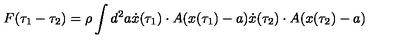
F ( \tau _ { 1 } - \tau _ { 2 } ) = \rho \int d ^ { 2 } a \dot { x } ( \tau _ { 1 } ) \cdot A ( x ( \tau _ { 1 } ) - a ) \dot { x } ( \tau _ { 2 } ) \cdot A ( x ( \tau _ { 2 } ) - a )